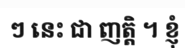
ៗ នេះ ជា ញត្តិ ។ ខ្ញុំ